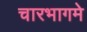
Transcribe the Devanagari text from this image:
चारभागमे